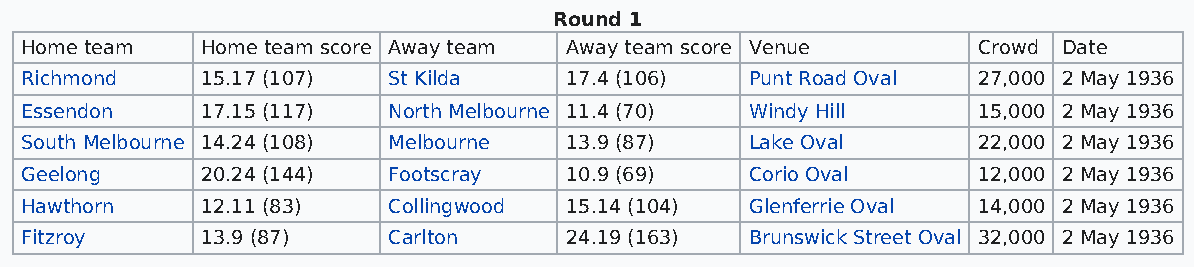
Round 1
 Home team   Home team score Away team Away team score Venue     Crowd Date
 Richmond    15.17 (107)  St Kilda   17.4 (106)   Punt Road Oval 27,000 2 May 1936
 Essendon    17.15 (117)  North Melbourne 11.4 (70) Windy Hill   15,000 2 May 1936
 South Melbourne 14.24 (108) Melbourne 13.9 (87)  Lake Oval      22,000 2 May 1936
 Geelong     20.24 (144)  Footscray  10.9 (69)    Corio Oval     12,000 2 May 1936
 Hawthorn    12.11 (83)   Collingwood 15.14 (104) Glenferrie Oval 14,000 2 May 1936
 Fitzroy     13.9 (87)    Carlton    24.19 (163)  Brunswick Street Oval 32,000 2 May 1936